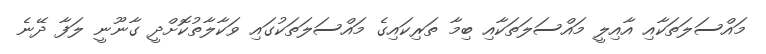
މައްސަލަތަކާއި އާއިލީ މައްސަލަތަކާއި ބިމާ ތަރިކައިގެ މައްސަލަތަކުގައި ވަކާލާތުކޮށްދީ ގާނޫނީ ލަފާ ދޭނެ